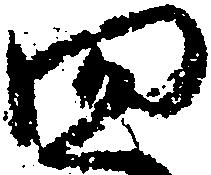
四